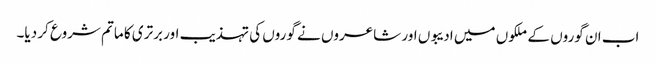
اب ان گوروں کے ملکوں میں ادیبوں اور شاعروں نے گوروں کی تہذیب اور برتری کا ماتم شروع کر دیا۔